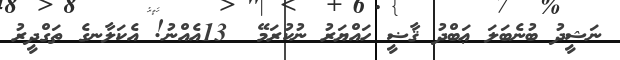
ނަޝީދު ބުނެބަލަ ޢަބްދު ޤާޟީ ހައްޔަރު ނުކުރަމޭ  13އެއްނު! އެކަލާނގެ ތަގްދީރު